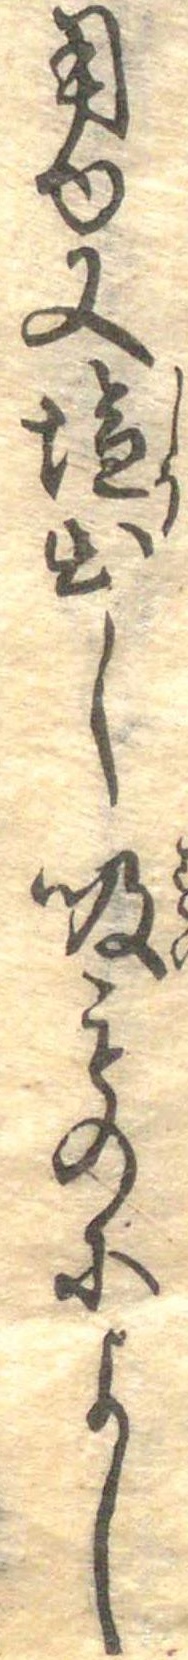
用ゆ又塩出し吸ものによし